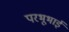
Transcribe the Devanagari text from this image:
परभूभाई